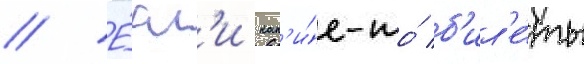
// Е́сл'и как'и́е-то́ б'ил'е́ты